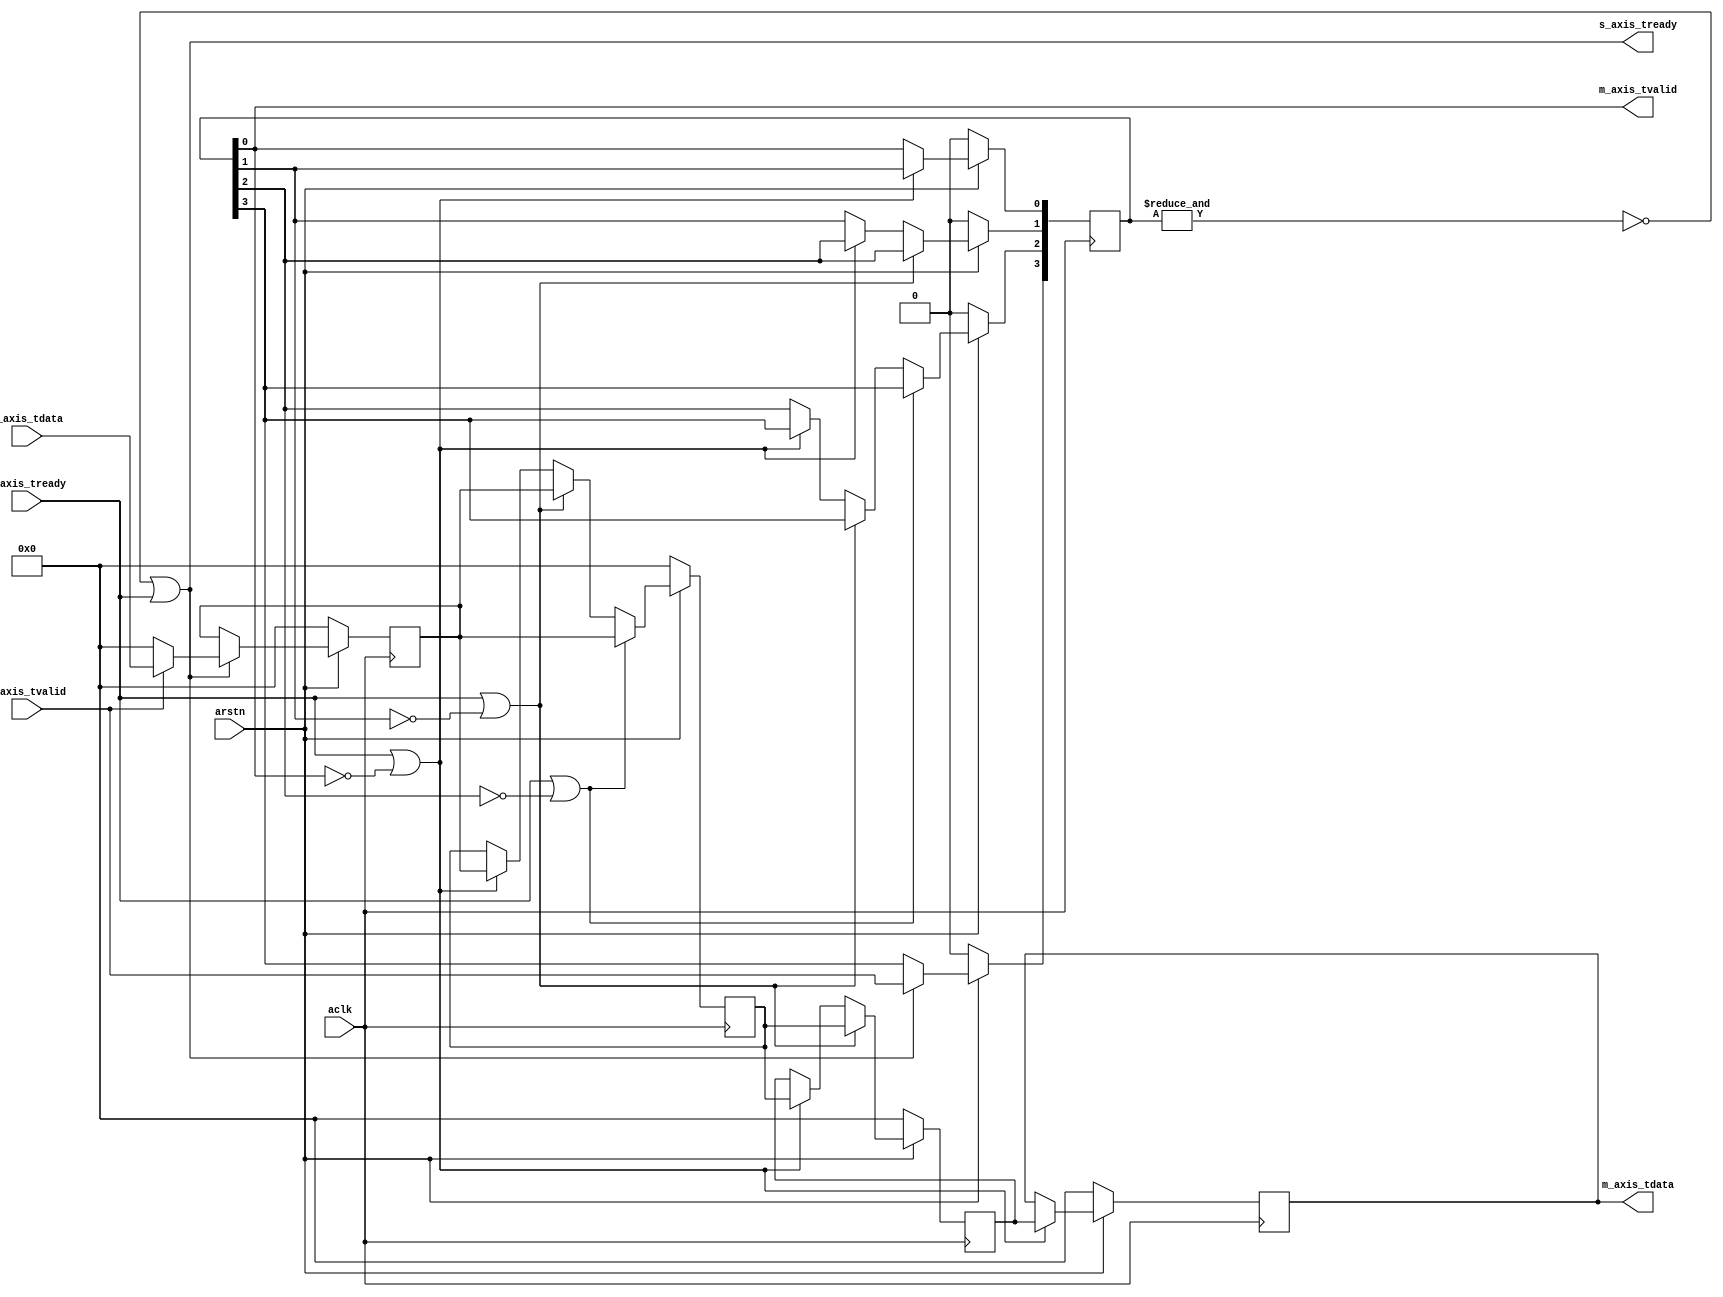
// ***************************************************************************
// ***************************************************************************
// @FILE    util_axis_tiny_fifo.v
// @AUTHOR  JAY CONVERTINO
// @DATE    2021.06.04
// @BRIEF   AXIS TINY FIFO
// @DETAILS AXIS fifo that uses a shift register to buffer data. This
//          Adds latency to the design in the amount of the depth. Though
//          if the destination isn't ready it will build up data to that
//          depth and overwrite any non-valid data inserted.
//
// @LICENSE MIT
//  Copyright 2021 Jay Convertino
//
//  Permission is hereby granted, free of charge, to any person obtaining a copy
//  of this software and associated documentation files (the "Software"), to 
//  deal in the Software without restriction, including without limitation the
//  rights to use, copy, modify, merge, publish, distribute, sublicense, and/or 
//  sell copies of the Software, and to permit persons to whom the Software is 
//  furnished to do so, subject to the following conditions:
//
//  The above copyright notice and this permission notice shall be included in 
//  all copies or substantial portions of the Software.
//
//  THE SOFTWARE IS PROVIDED "AS IS", WITHOUT WARRANTY OF ANY KIND, EXPRESS OR 
//  IMPLIED, INCLUDING BUT NOT LIMITED TO THE WARRANTIES OF MERCHANTABILITY, 
//  FITNESS FOR A PARTICULAR PURPOSE AND NONINFRINGEMENT. IN NO EVENT SHALL THE
//  AUTHORS OR COPYRIGHT HOLDERS BE LIABLE FOR ANY CLAIM, DAMAGES OR OTHER 
//  LIABILITY, WHETHER IN AN ACTION OF CONTRACT, TORT OR OTHERWISE, ARISING 
//  FROM, OUT OF OR IN CONNECTION WITH THE SOFTWARE OR THE USE OR OTHER DEALINGS
//  IN THE SOFTWARE.
// ***************************************************************************
// ***************************************************************************

`timescale 1ns/100ps

//creating the smallest fifo possible
module util_axis_tiny_fifo #(
    parameter depth = 4,
    parameter width = 8
  )
  (
    //axi streaming clock and reset.
    input                   aclk,
    input                   arstn,
    //master output axis
    output [width-1:0]  m_axis_tdata,
    output              m_axis_tvalid,
    input               m_axis_tready,
    //slave input axis
    input  [width-1:0]  s_axis_tdata,
    input               s_axis_tvalid,
    output              s_axis_tready
  );
  
  //index
  reg [clogb2(depth):0] index;
  reg [clogb2(depth):0] index_shift;
  reg [clogb2(depth):0] index_check;
  
  //buffer
  reg [width-1:0] reg_data_buffer[depth-1:0];
  reg [depth-1:0] reg_valid_buffer;
  
  //if any valid is 0, we are ready for data
  assign s_axis_tready = ~&reg_valid_buffer || m_axis_tready;
  
  //assign output data as soon as its ready
  assign m_axis_tdata  = reg_data_buffer[0];
  assign m_axis_tvalid = reg_valid_buffer[0];
  
  //process data out of fifo
  always @(posedge aclk) begin
    if(arstn == 1'b0) begin
      reg_valid_buffer <= 0;
      
      for(index = 0; index < depth; index = index + 1) begin
        reg_data_buffer[index] <= 0;
      end
    end else begin
      //insert data axis data into the buffer if we are ready, or the destination is ready. Otherwise feed in original data.
      reg_data_buffer[depth-1]  <= (~&reg_valid_buffer || m_axis_tready ? (s_axis_tvalid ? s_axis_tdata : 0) : reg_data_buffer[depth-1]);
      reg_valid_buffer[depth-1] <= (~&reg_valid_buffer || m_axis_tready ? s_axis_tvalid : reg_valid_buffer[depth-1]);
      
      //NAND all valids lower the current register. This results in all data being shifted below and including that index.
      //if any have 0 for valid (no data) shift. Also shift if ready, since destination is ready to take data anyways.
      for(index_shift = 1; index_shift < depth; index_shift = index_shift + 1) begin
        for(index_check = 0; index_check < index_shift; index_check = index_check + 1) begin
          if((m_axis_tready == 1'b1) || (reg_valid_buffer[index_check] == 1'b0)) begin
            reg_data_buffer[index_shift-1]  <= reg_data_buffer[index_shift];
            reg_valid_buffer[index_shift-1] <= reg_valid_buffer[index_shift];
          end
        end
      end
    end
  end
  
  //copied from the IEEE 1364-2001 Standard
  function integer clogb2;
    input [31:0] value;
    begin
        value = value - 1;
        for (clogb2 = 0; value > 0; clogb2 = clogb2 + 1) begin
            value = value >> 1;
        end
    end
  endfunction
  
endmodule